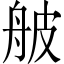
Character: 𦨭